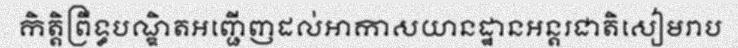
កិត្តិព្រឹទ្ធបណ្ឌិតអញ្ជើញដល់អាកាសយានដ្ឋានអន្តរជាតិសៀមរាប